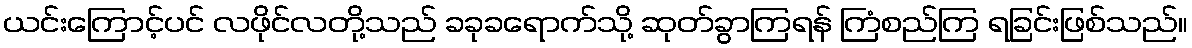
ယင်းကြောင့်ပင် လဖိုင်လတို့သည် ခခုခရောက်သို့ ဆုတ်ခွာကြရန် ကြံစည်ကြ ရခြင်းဖြစ်သည်။